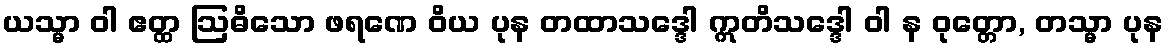
ယသ္မာ ဝါ ဧတ္ထ ဩဓိသော ဖရဏေ ဝိယ ပုန တထာသဒ္ဒေါ ဣတိသဒ္ဒေါ ဝါ န ဝုတ္တော, တသ္မာ ပုန